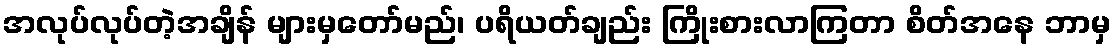
အလုပ်လုပ်တဲ့အချိန် များမှတော်မည်၊ ပရိယတ်ချည်း ကြိုးစားလာကြတာ စိတ်အနေ ဘာမှ